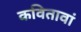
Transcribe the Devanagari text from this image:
कवितावां